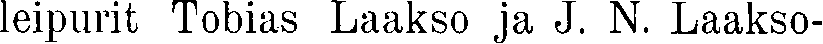
leipurit Tobias Laakso ja J. N. Laakso-